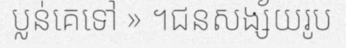
ប្លន់គេទៅ » ។ជនសង្ស័យរូប